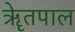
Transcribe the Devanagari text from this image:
ॠेतपाल